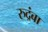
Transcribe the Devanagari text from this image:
रुद्रंबा